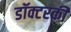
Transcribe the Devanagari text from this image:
डॉक्टरकी